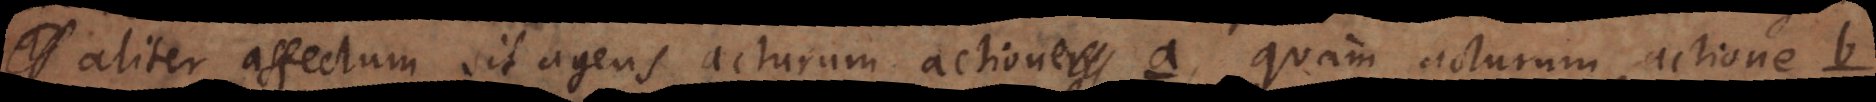
aliter affectum sit agens acturum actione a, quam acturum actione b.